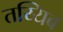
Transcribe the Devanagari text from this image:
तय्यिब